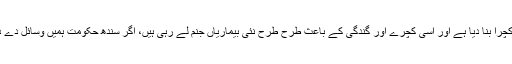
انہوں نے کہا کہ سندھ حکومت نے شہر کو کچرا بنا دیا ہے اور اسی کچرے اور گندگی کے باعث طرح طرح نئی بیماریاں جنم لے رہی ہیں، اگر سندھ حکومت ہمیں وسائل دے دیتی تو شہر قائد میں یہ وباء کبھی نہ پھیلتی۔